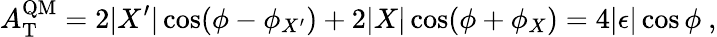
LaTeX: A_{\mathrm{T}}^{\mathrm{QM}}=2|X^{\prime}|\cos(\phi-\phi_{X^{\prime}})+2|X|\cos(\phi+\phi_{X})=4|\epsilon|\cos\phi\ ,